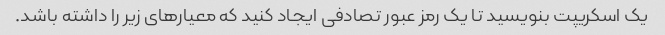
یک اسکریپت بنویسید تا یک رمز عبور تصادفی ایجاد کنید که معیارهای زیر را داشته باشد.